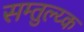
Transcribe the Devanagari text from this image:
सम्तुल्य्क